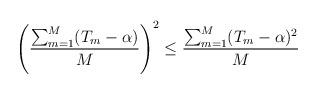
LaTeX: \begin{align*} \left(\frac{ \sum_{m=1}^{M} (T_{{m}} - \alpha ) }{M}\right)^2 \le \frac{\sum_{m=1}^{M} (T_{{m}} - \alpha )^2}{M} \end{align*}